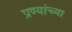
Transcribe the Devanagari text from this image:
प्रण्यांच्या